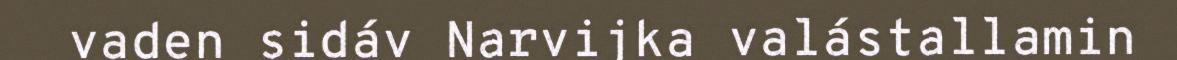
vaden sidáv Narvijka valástallamin